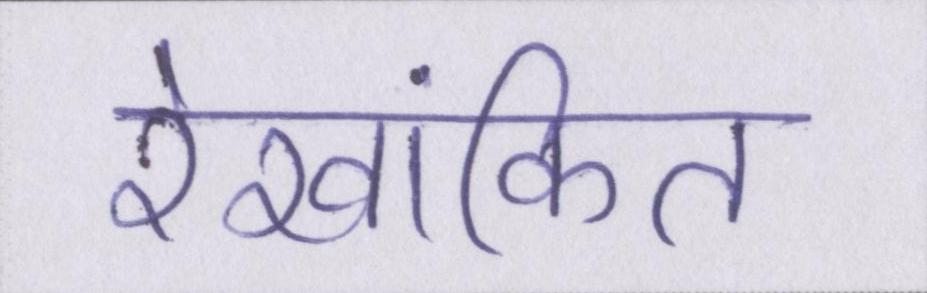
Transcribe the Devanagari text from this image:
रेखांकित